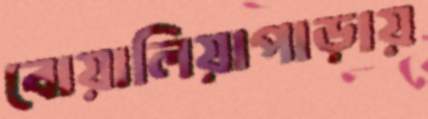
বোয়ালিয়াপাড়ায়